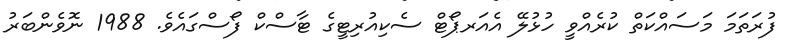
ފުރަތަމަ މަސައްކަތް ކުރެއްވީ ހުޅުލޭ އެއަރޕޯޓް ސެކިއުރިޓީގެ ޓާސްކް ފޯސްގައެވެ. 1988 ނޮވެންބަރު